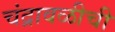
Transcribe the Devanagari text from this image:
चंद्रावळीची